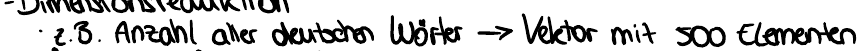
z.B. Anzahl aller deutschen Wörter -> Vektor mit 500 Elementen